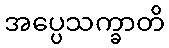
အပ္ပေသက္ခာတိ